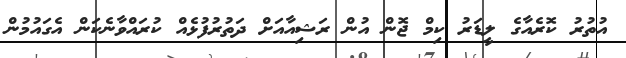
އުތުރު ކޮރެއާގެ ލީޑަރު ކިމް ޖޮން އުން ރަޝިއާއަށް ދަތުރުފުޅެއް ކުރައްވާނެކަން އެގައުމުން